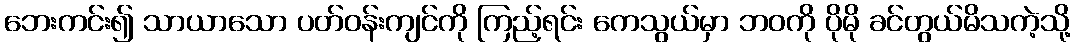
ဘေးကင်း၍ သာယာသော ပတ်ဝန်းကျင်ကို ကြည့်ရင်း ကေသွယ်မှာ ဘဝကို ပိုမို ခင်တွယ်မိသကဲ့သို့